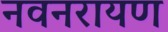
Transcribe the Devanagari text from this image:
नवनरायण